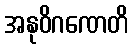
အနုဝိဂဏေတိ